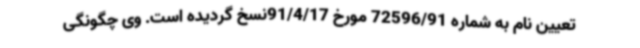
تعیین نام به شماره 72596/91 مورخ 91/4/17نسخ گردیده است. وی چگونگی